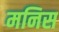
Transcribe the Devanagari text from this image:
मनिस